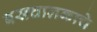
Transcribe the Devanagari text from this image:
बसचालकाचे